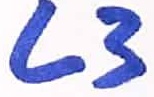
Text: L3